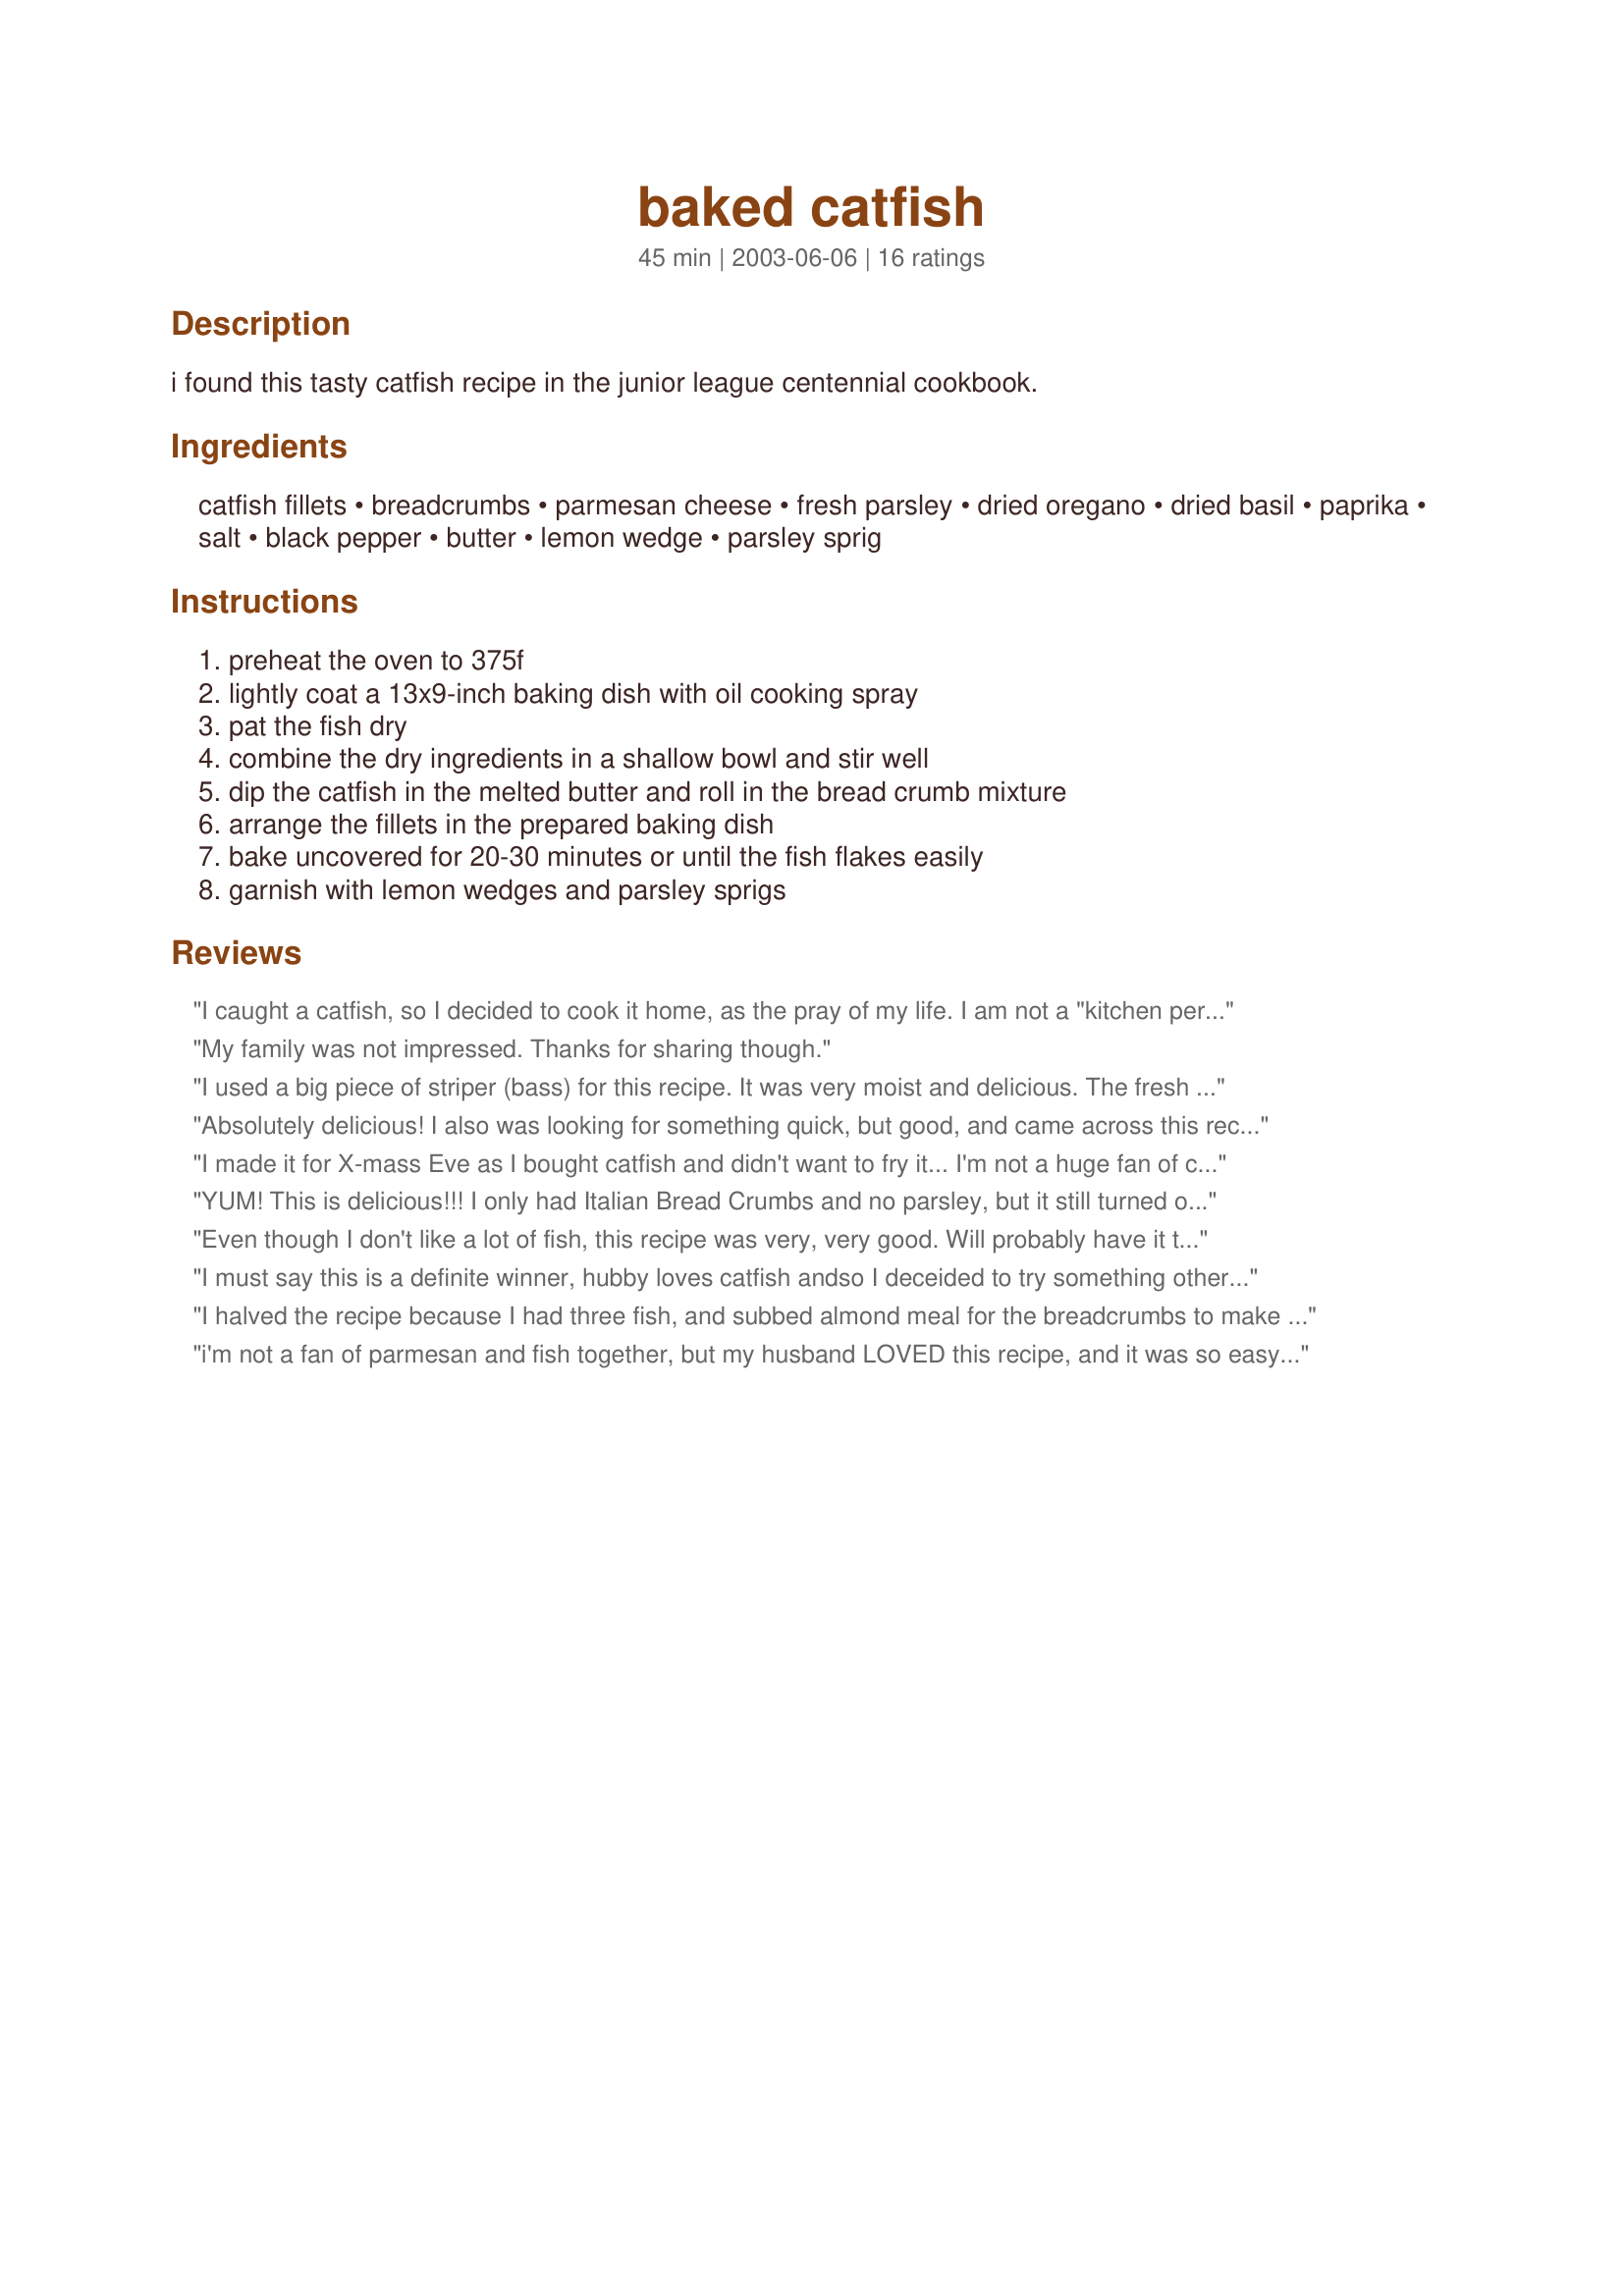
baked catfish
Preparation time: 45 minutes

i found this tasty catfish recipe in the junior league centennial cookbook.

Ingredients:
catfish fillets, breadcrumbs, parmesan cheese, fresh parsley, dried oregano, dried basil, paprika, salt, black pepper, butter, lemon wedge, parsley sprig

Steps:
preheat the oven to 375f, lightly coat a 13x9-inch baking dish with oil cooking spray, pat the fish dry, combine the dry ingredients in a shallow bowl and stir well, dip the catfish in the melted butter and roll in the bread crumb mixture, arrange the fillets in the prepared baking dish, bake uncovered for 20-30 minutes or until the fish flakes easily, garnish with lemon wedges and parsley sprigs

Reviews:
I caught a catfish, so I decided to cook it home, as the pray of my life. I am not a "kitchen person”, I wanted something simple and not Hungarian-I live there. This dish was the most delicious fish I have ever tasted. Simple and delicious. Thank you for the recipe
My family was not impressed. Thanks for sharing though.
I used a big piece of striper (bass) for this recipe. It was very moist and delicious. The fresh parsley made a big difference in the nice flavor of the breading. Since it was New Years Day, I served it with Smoked Rice by NurseDi and a side of spicy black eye peas (for good luck). Thanks Hey Jude for posting.
Absolutely delicious! I also was looking for something quick, but good, and came across this recipe. Threw it together and I and my family loved it! Thanks for a great recipe!
I made it for X-mass Eve as I bought catfish and didn't want to fry it... I'm not a huge fan of catfish but this is INCREDIBLE!!! Everyone loved it and was looking for seconds. Definately a keeper and it's incredibly simple.
YUM! This is delicious!!! I only had Italian Bread Crumbs and no parsley, but it still turned out wonderful. Will definitely be making this again :)
Even though I don't like a lot of fish, this recipe was very, very good. Will probably have it this way again. Thanks, Jude, for a delicious and easy recipe.
I must say this is a definite winner, hubby loves catfish andso I deceided to try something other than fried.. both of us loved this recipe. So tasty and easy to prepare. I did use half the recipe for the two of us. Thanks for posting.
I halved the recipe because I had three fish, and subbed almond meal for the breadcrumbs to make it wheat-free. Also, I used dried parsley instead of fresh, and I decided to take FinallyGrowingUp's suggestion, so I whisked up an egg and a little milk to use as the dip.
It turned out very tasty! Thanks for a great starting concept--I'll be making this again!
i'm not a fan of parmesan and fish together, but my husband LOVED this recipe, and it was so easy to make. definitely something i'll make for him again!
this was real good. made it with basa which is just like catfish........ yummy ty for the post
This was pretty good. It was the first time I have had catfish.I'm not so sure about the catfish but the recipe was good.
Looked this up at the last minute. Wanted something quick and easy and this filled the bill. Only used 3 fillets so cut down on the recipe. It was delicious and family said "it's a keeper". Thanks Hey!
First, I have to say that my husband absolutely LOVED this! (And he is the pickiest eater I've ever encountered). I made it with small catfish pieces instead of filets and as a result, there was a higher ratio of breading to fish -- which is probably why I personally found that the butter taste was overpowering and made it far too rich. Next time I will try this exact recipe but with the traditional egg or milk dip instead of butter and/or real filets instead of pieces. Besides that, I will definitly make it again and again. Thanks!!
Very simple recipe but incredibly tasty! Thank you!
I bought an abundance of catfish nuggets on sale and was looking for something new to do with a package of them. This was a great choice !! I used real butter and followed the recipe exactly as stated.( well, I did cut down the measurement of spices as I use Penzy's spices whih are stronger tham those purchased at the supermarket ) I served this with fresh cooked collard greens which made it an even healthier and attractive meal. Thanks for sharing Hey Jude; this will be a regular at my house !!!!
